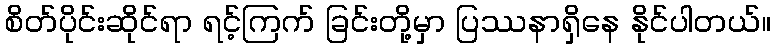
စိတ်ပိုင်းဆိုင်ရာ ရင့်ကြက် ခြင်းတို့မှာ ပြဿနာရှိနေ နိုင်ပါတယ်။